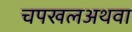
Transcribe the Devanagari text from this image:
चपखलअथवा